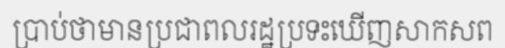
ប្រាប់ថាមានប្រជាពលរដ្ឋប្រទះឃើញសាកសព